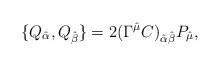
\begin{align*}\{Q_{\hat \alpha},Q_{\hat \beta}\}= 2(\Gamma^{\hat \mu}C)_{\hat\alpha \hat\beta}P_{\hat\mu},\end{align*}